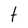
Character: t